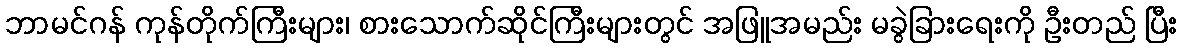
ဘာမင်ဂန် ကုန်တိုက်ကြီးများ၊ စားသောက်ဆိုင်ကြီးများတွင် အဖြူအမည်း မခွဲခြားရေးကို ဦးတည် ပြီး